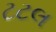
ટટલ